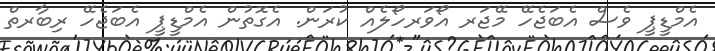
އެމްޑީޕީ ވެސް އެބަޖެހޭ މޭޖަރ އޯވަރހޯލެއް ކުރަން. އެގޮތުން އެމްޑީޕީ އެބަޖެހޭ ރިބާރތް